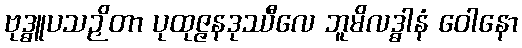
ဗုဒ္ဓူပသဉှိတာ ပုထုဇ္ဇနဒုဿီလေ ဘူမိလဒ္ဓါနံ ဝေါနော